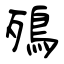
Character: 殦